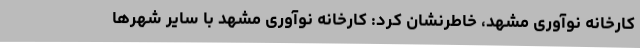
کارخانه نوآوری مشهد، خاطرنشان کرد: کارخانه نوآوری مشهد با سایر شهرها